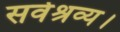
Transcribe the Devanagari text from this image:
सर्वश्रव्य।